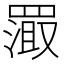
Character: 𬙦